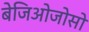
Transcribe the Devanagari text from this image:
बेजिओजोसो